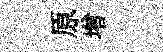
原增